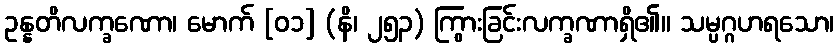
ဥန္နတိလက္ခဏော၊ မောက် [၀၁] (နိ၊ ၂၅၃) ကြွားခြင်းလက္ခဏာရှိ၏။ သမ္ပဂ္ဂဟရသော၊